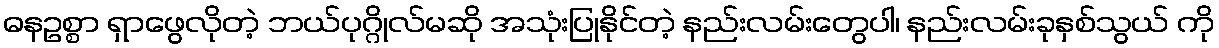
ဓနဥစ္စာ ရှာဖွေလိုတဲ့ ဘယ်ပုဂ္ဂိုလ်မဆို အသုံးပြုနိုင်တဲ့ နည်းလမ်းတွေပါ၊ နည်းလမ်းခုနှစ်သွယ် ကို